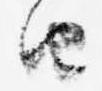
由